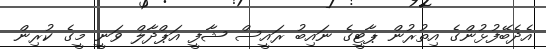
އެދެބޭފުޅުންގެ އިތުރުން ޕާޓީގެ ނައިބު ރައީސް ޝާފީ އަޕްދާލް ވަނީ މީގެ ކުރިން